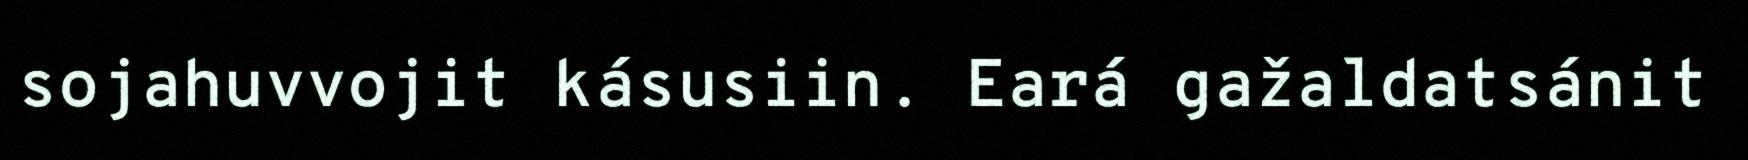
sojahuvvojit kásusiin. Eará gažaldatsánit